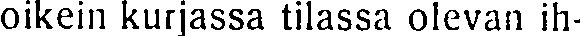
oikein kurjassa tilassa olevan ih-